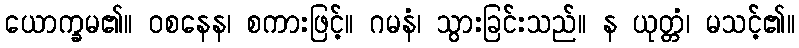
ယောက္ခမ၏။ ဝစနေန၊ စကားဖြင့်။ ဂမနံ၊ သွားခြင်းသည်။ န ယုတ္တံ၊ မသင့်၏။